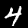
Label: 4